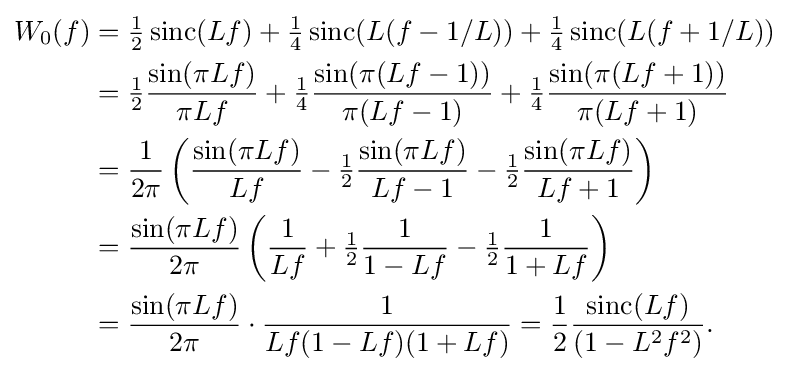
{\begin{aligned}W_{0}(f)&={\tfrac {1}{2}}\operatorname {sinc} (Lf)+{\tfrac {1}{4}}\operatorname {sinc} (L(f-1/L))+{\tfrac {1}{4}}\operatorname {sinc} (L(f+1/L))\\&={\tfrac {1}{2}}{\frac {\sin(\pi Lf)}{\pi Lf}}+{\tfrac {1}{4}}{\frac {\sin(\pi (Lf-1))}{\pi (Lf-1)}}+{\tfrac {1}{4}}{\frac {\sin(\pi (Lf+1))}{\pi (Lf+1)}}\\&={\frac {1}{2\pi }}\left({\frac {\sin(\pi Lf)}{Lf}}-{\tfrac {1}{2}}{\frac {\sin(\pi Lf)}{Lf-1}}-{\tfrac {1}{2}}{\frac {\sin(\pi Lf)}{Lf+1}}\right)\\&={\frac {\sin(\pi Lf)}{2\pi }}\left({\frac {1}{Lf}}+{\tfrac {1}{2}}{\frac {1}{1-Lf}}-{\tfrac {1}{2}}{\frac {1}{1+Lf}}\right)\\&={\frac {\sin(\pi Lf)}{2\pi }}\cdot {\frac {1}{Lf(1-Lf)(1+Lf)}}={\frac {1}{2}}{\frac {\operatorname {sinc} (Lf)}{(1-L^{2}f^{2})}}.\end{aligned}}